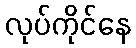
လုပ်ကိုင်နေ